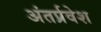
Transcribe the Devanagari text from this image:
अंतर्प्रवेश